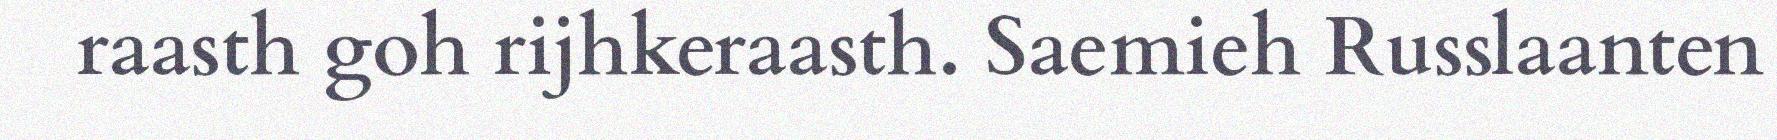
raasth goh rijhkeraasth. Saemieh Russlaanten